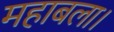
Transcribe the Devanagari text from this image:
महाबला।